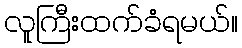
လူကြီးထက်ခံရမယ်။